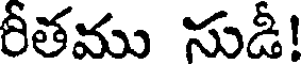
రీతము సుడీ!